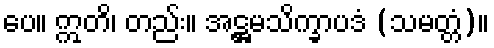
ပေ။ ဣတိ၊ တည်း။ အဋ္ဌမသိက္ခာပဒံ (သမတ္တံ)။